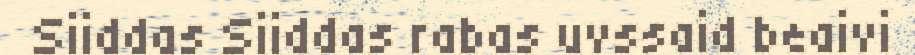
Siiddas Siiddas rabas uvssaid beaivi